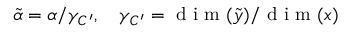
\tilde { \alpha } = \alpha / \gamma _ { C ^ { \prime } } , \quad \gamma _ { C ^ { \prime } } = \mathrm { ~ d ~ i ~ m ~ } ( \tilde { y } ) / \mathrm { ~ d ~ i ~ m ~ } ( x )